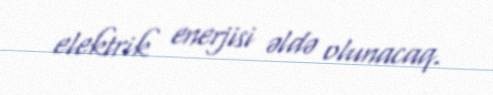
elektrik enerjisi əldə olunacaq.